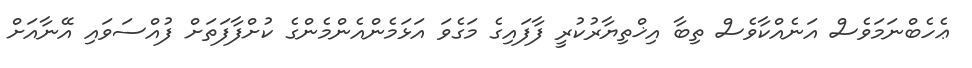
ޢެހެބްނަމަވެސް އަނެއްކާވެސް ތިބާ އިޚްތިޔާރުކުރީ ފާފައިގެ މަގެވަ އަޅަމެންއެންމެންގެ ކުށްފާފަތަށް ފުއްސަވައި އޭނާއަށް